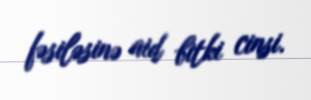
fəsiləsinə aid bitki cinsi.